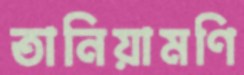
তানিয়ামণি